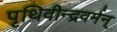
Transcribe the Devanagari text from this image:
पृथिवीन्द्रवर्मन्